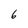
Character: 6